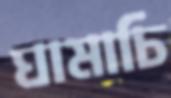
ঘামাচি